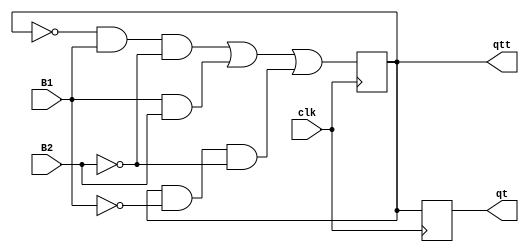
/* b1 b2 s  ns
   0  0  0  0
   0  0  1  1
   0  1  0  0
   0  1  1  0
   1  0  0  1
   1  0  1  0
   1  1  0  1
   1  1  1  1 */


`timescale 1ns/1ns
module flipflop(input B1, B2, clk, output reg qt,qtt);
    initial begin 
         qt=1'b0;
         qtt=1'b0;
    end

    always@(posedge clk) begin
        qt=qtt;
        qtt=(~qtt & B1 & ~B2) | (B1 & B2) | (qtt & ~B1 & ~B2);
    end
endmodule

module tb;
    reg B1=0;   
    reg B2=0;   
    reg clk=0;
    wire qt;
    wire qtt;
    flipflop flip(B1, B2, clk, qt,qtt);
    always begin
        clk=~clk;
        #10;
    end
    initial begin
        B1=0;   B2=0; 
        $monitor("B1=%b B2=%b qt=%b qtt=%b",B1,B2,qt,qtt);
        #40;
        B1=0;   B2=1;  
        #40;
        B1=1;   B2=0;   
        #40;
        B1=1;   B2=1;  
        #40;
        $finish;
    end



endmodule